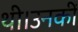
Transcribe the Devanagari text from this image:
थी।उनकीं